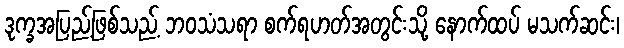
ဒုက္ခအပြည့်ဖြစ်သည့် ဘဝသံသရာ စက်ရဟတ်အတွင်းသို့ နောက်ထပ် မသက်ဆင်း၊